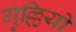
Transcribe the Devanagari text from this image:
गुल्लियों